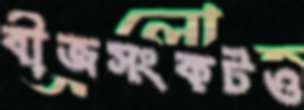
বীজসংকটও